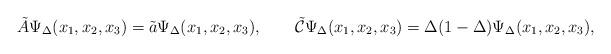
LaTeX: \begin{align*}\tilde A\Psi_\Delta(x_1,x_2,x_3)=\tilde a\Psi_\Delta(x_1,x_2,x_3),\qquad\tilde{\cal C}\Psi_\Delta(x_1,x_2,x_3)=\Delta(1-\Delta)\Psi_\Delta(x_1,x_2,x_3),\end{align*}